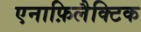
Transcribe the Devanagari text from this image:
एनाफ़िलैक्टिक